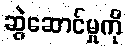
ဆွဲဆောင်မှုကို